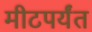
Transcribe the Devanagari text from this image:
मीटपर्यंत